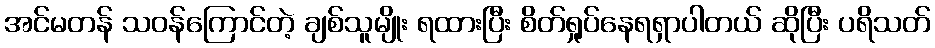
အင်မတန် သဝန်ကြောင်တဲ့ ချစ်သူမျိုး ရထားပြီး စိတ်ရှုပ်နေရရှာပါတယ် ဆိုပြီး ပရိသတ်